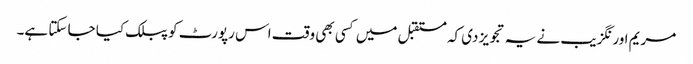
مریم اورنگزیب نے یہ تجویز دی کہ مستقبل میں کسی بھی وقت اس رپورٹ کو پبلک کیا جا سکتا ہے۔